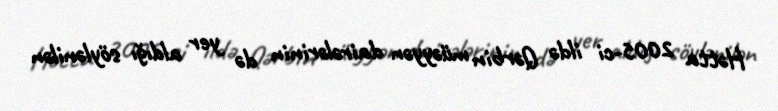
Hətta 2005-ci ildə Qərbin müəyyən dairələrinin də yer aldığı söylənilən